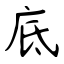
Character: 底